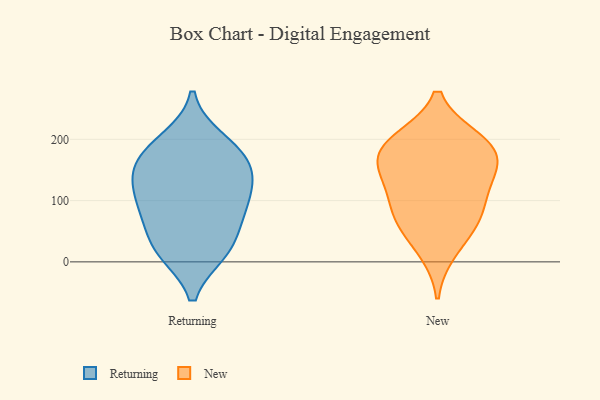
{"axis": {"x": "Population (Million)", "y": "Value"}, "legend": ["New", "Returning"], "data": [{"x": "", "y": 165, "type": "Returning"}, {"x": "", "y": 19, "type": "Returning"}, {"x": "", "y": 65, "type": "Returning"}, {"x": "", "y": 114, "type": "Returning"}, {"x": "", "y": 109, "type": "Returning"}, {"x": "", "y": 16, "type": "Returning"}, {"x": "", "y": 166, "type": "Returning"}, {"x": "", "y": 18, "type": "Returning"}, {"x": "", "y": 199, "type": "Returning"}, {"x": "", "y": 146, "type": "Returning"}, {"x": "", "y": 91, "type": "Returning"}, {"x": "", "y": 189, "type": "Returning"}, {"x": "", "y": 71, "type": "Returning"}, {"x": "", "y": 138, "type": "Returning"}, {"x": "", "y": 18, "type": "New"}, {"x": "", "y": 63, "type": "New"}, {"x": "", "y": 158, "type": "New"}, {"x": "", "y": 191, "type": "New"}, {"x": "", "y": 67, "type": "New"}, {"x": "", "y": 200, "type": "New"}, {"x": "", "y": 199, "type": "New"}, {"x": "", "y": 81, "type": "New"}, {"x": "", "y": 170, "type": "New"}, {"x": "", "y": 126, "type": "New"}, {"x": "", "y": 156, "type": "New"}, {"x": "", "y": 113, "type": "New"}]}